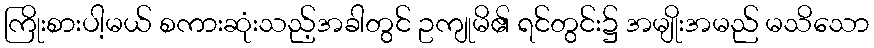
ကြိုးစားပါ့မယ် စကားဆုံးသည့်အခါတွင် ဥကျုမိ၏ ရင်တွင်း၌ အမျိုးအမည် မသိသော